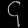
Digit: ၄